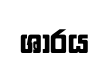
ශාරය